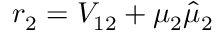
r _ { 2 } = V _ { 1 2 } + \mu _ { 2 } \hat { \mu } _ { 2 }